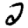
Digit: 2